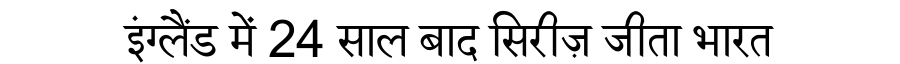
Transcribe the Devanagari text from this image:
इंग्लैंड में 24 साल बाद सिरीज़ जीता भारत